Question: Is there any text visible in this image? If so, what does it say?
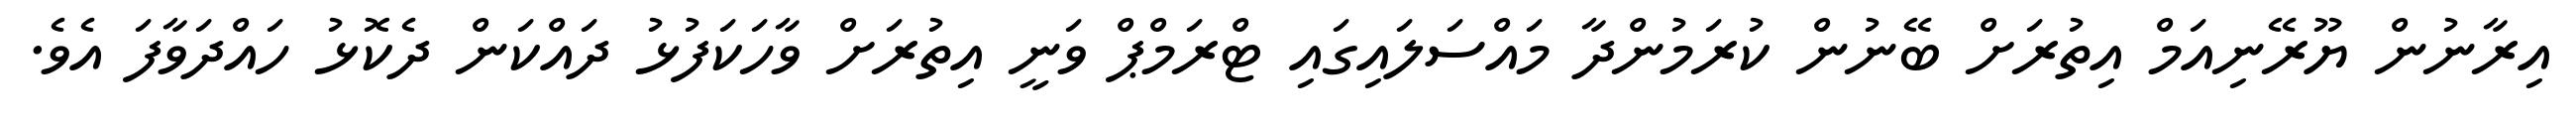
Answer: އިރާނުން ޔޫރޭނިއަމް އިތުރަށް ބޭނުން ކުރަމުންދާ މައްސަލައިގައި ޓްރަމްޕް ވަނީ އިތުރަށް ވާހަކަފުޅު ދައްކަން ދެކޮޅު ހައްދަވާފަ އެވެ.